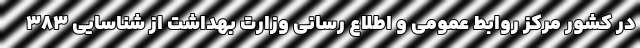
در کشور مرکز روابط عمومی و اطلاع رسانی وزارت بهداشت از شناسایی ۳۸۳